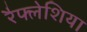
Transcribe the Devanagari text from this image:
रैफ्लेशिया